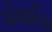
પોલારિસ